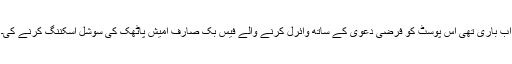
اب باری تھی اس پوسٹ کو فرضی دعوی کے ساتھ وائرل کرنے والے فیس بک صارف امیش پاٹھک کی سوشل اسکننگ کرنے کی۔